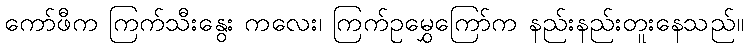
ကော်ဖီက ကြက်သီးနွေး ကလေး၊ ကြက်ဥမွှေကြော်က နည်းနည်းတူးနေသည်။